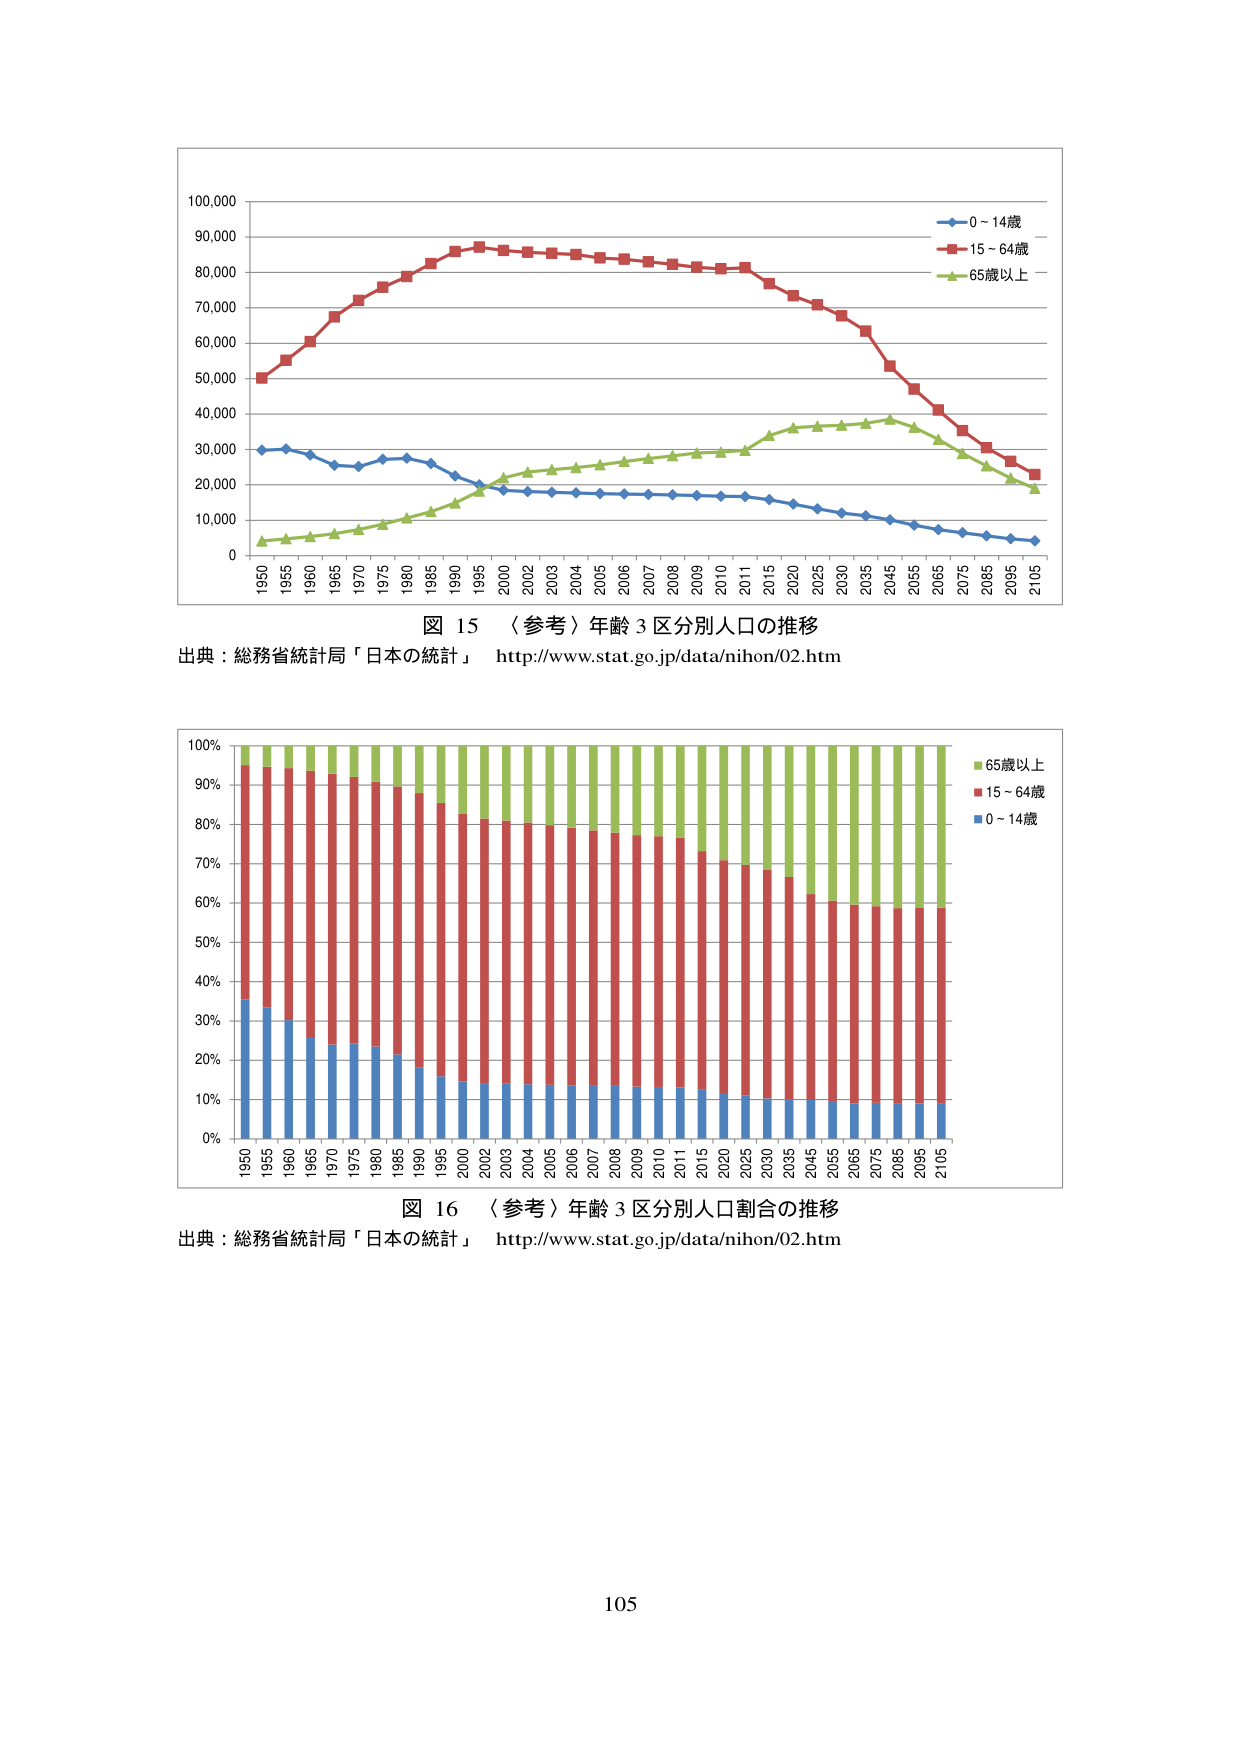
図 15 （参考）年齢 3 区分別人口の推移
出典：総務省統計局「日本の統計」 http://www.stat.go.jp/data/nihon/02.htm

図 16 （参考）年齢 3 区分別人口割合の推移
出典：総務省統計局「日本の統計」 http://www.stat.go.jp/data/nihon/02.htm

105